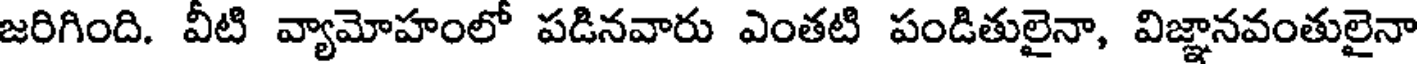
జరిగింది. వీటి వ్యామోహంలో పడినవారు ఎంతటి పండితులైనా, విజ్ఞానవంతులైనా